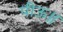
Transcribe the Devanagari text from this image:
पीऊ॥